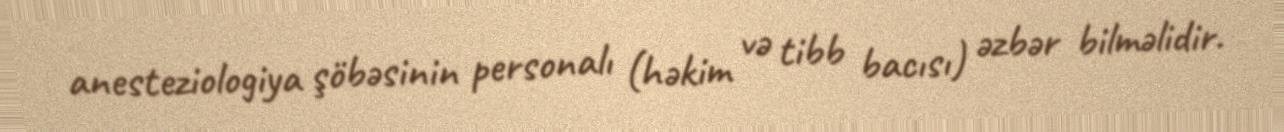
anesteziologiya şöbəsinin personalı (həkim və tibb bacısı) əzbər bilməlidir.